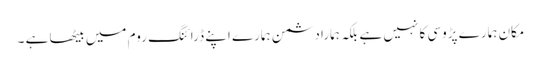
مکان ہمارے پڑوسی کا نہیں ہے بلکہ ہمارا دشمن ہمارے اپنے ڈرائنگ روم میں بیٹھا ہے ۔